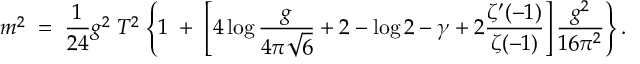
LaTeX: m ^ { 2 } \; = \; { \frac { 1 } { 2 4 } } g ^ { 2 } \; T ^ { 2 } \; \Bigg \{ 1 \; + \; \left[ 4 \log { \frac { g } { 4 \pi \sqrt { 6 } } } + 2 - \log 2 - \gamma + 2 { \frac { \zeta ^ { \prime } ( - 1 ) } { \zeta ( - 1 ) } } \right] { \frac { g ^ { 2 } } { 1 6 \pi ^ { 2 } } } \Bigg \} \, .